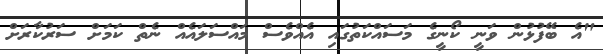
"އެ ބޭފުޅުން ވަނީ ކޯނީގެ މަސައްކަތުގައި އެއްވެސް މައްސަލައެއް ނެތް ކަމަށް ސަރުކާރަށް